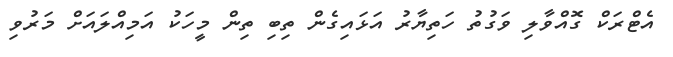
އެޓްރަކް ގޮއްވާލި ވަގުތު ހަތިޔާރު އަޅައިގެން ތިބި ތިން މީހަކު އަމިއްލައަށް މަރުވި